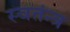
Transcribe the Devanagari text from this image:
स्वतंन्त्र